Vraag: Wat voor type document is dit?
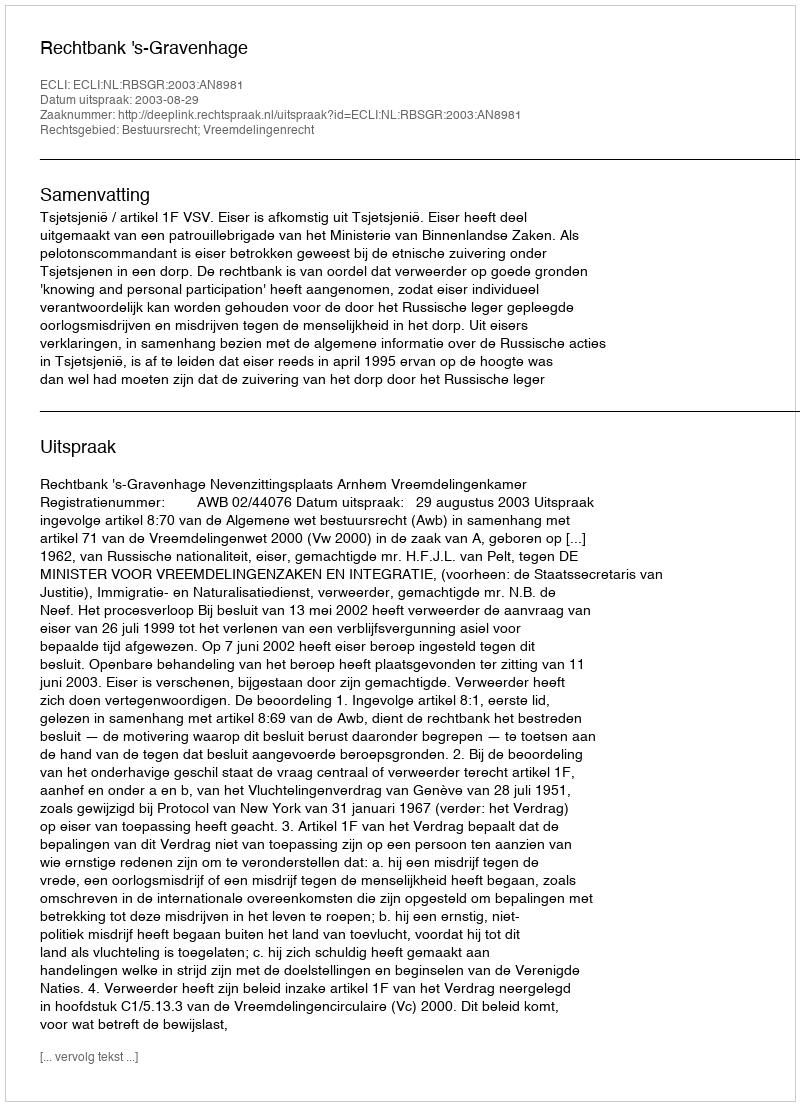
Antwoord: Uitspraak